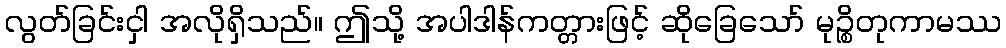
လွတ်ခြင်းငှါ အလိုရှိသည်။ ဤသို့ အပါဒါန်ကတ္တားဖြင့် ဆိုခြေသော် မုဉ္စိတုကာမဿ